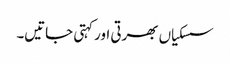
سسکیاں بھرتی اور کہتی جاتیں۔